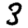
Digit: 3